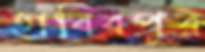
হাবিবপুর